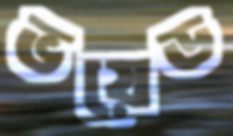
ভয়েড